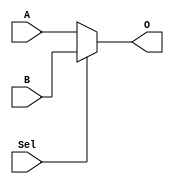

module MUX2x1(input Sel, input [31:0] A, B, output [31:0] O);

    assign O = (Sel)? B:A;

endmodule